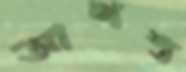
আশস্ত